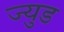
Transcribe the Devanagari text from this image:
ज्युड